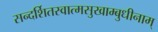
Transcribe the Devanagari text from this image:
सन्दर्शितस्वात्मसुखाम्बुधीनाम्